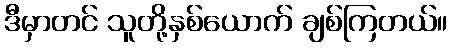
ဒီမှာတင် သူတို့နှစ်ယောက် ချစ်ကြတယ်။